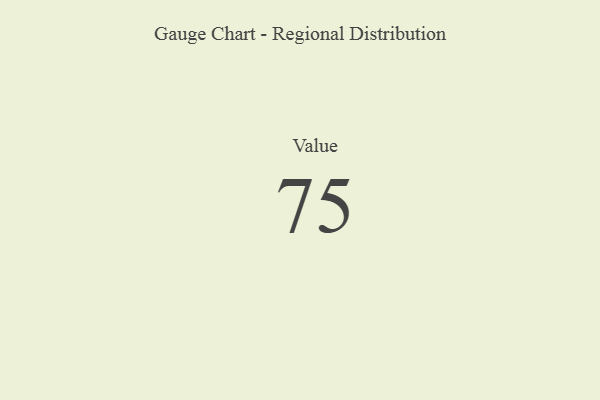
{"axis": {"x": "Metric", "y": "Value"}, "legend": [""], "data": [{"x": "Value", "y": 75, "type": ""}]}